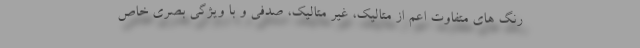
رنگ های متفاوت اعم از متالیک، غیر متالیک، صدفی و با ویژگی بصری خاص